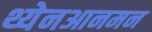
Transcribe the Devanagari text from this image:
थ्येनआनमन